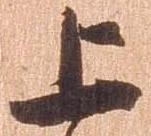
上